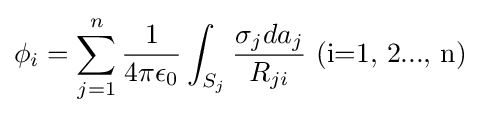
\phi _{i}=\sum _{j=1}^{n}{\frac {1}{4\pi \epsilon _{0}}}\int _{S_{j}}{\frac {\sigma _{j}da_{j}}{R_{ji}}}{\mbox{ (i=1, 2..., n)}}